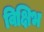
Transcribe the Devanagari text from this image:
विक्षिभ